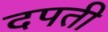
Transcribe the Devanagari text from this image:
दपती